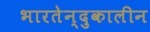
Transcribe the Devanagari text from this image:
भारतेन्दुकालीन